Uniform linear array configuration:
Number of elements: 12
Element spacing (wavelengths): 0.25
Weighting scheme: hamming
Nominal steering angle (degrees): -60
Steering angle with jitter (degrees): -59.446
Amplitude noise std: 0.05
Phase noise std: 0.05

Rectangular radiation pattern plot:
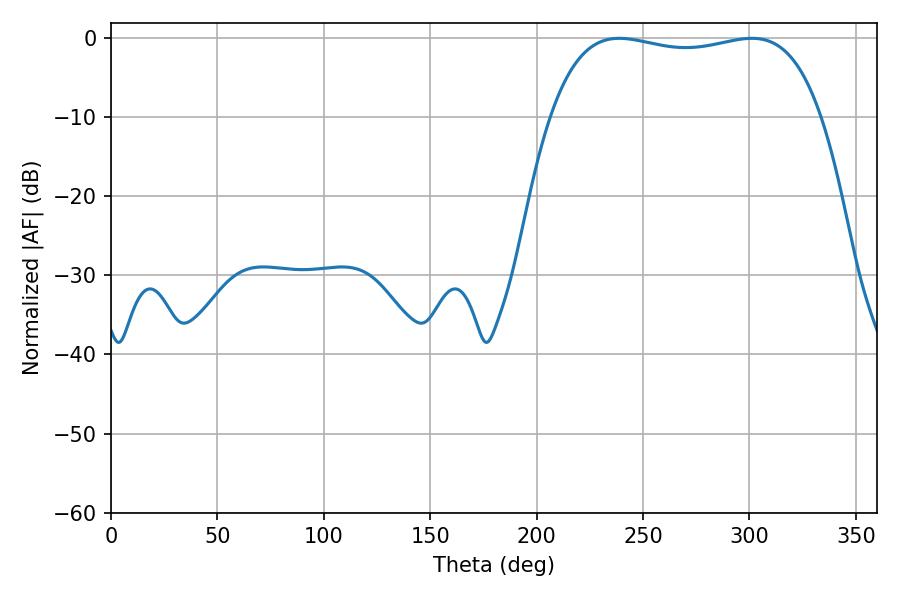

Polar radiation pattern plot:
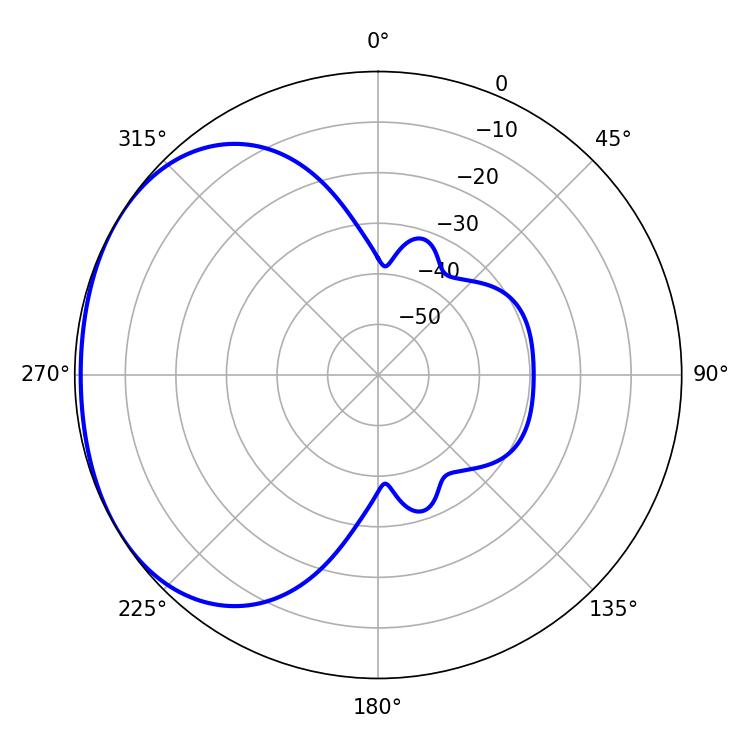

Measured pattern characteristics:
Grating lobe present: FALSE
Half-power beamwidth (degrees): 102.6
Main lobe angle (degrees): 238.86